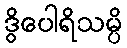
ဒွိပေါရိသမ္ပိ